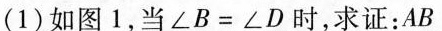
(1)如图1，当$$\angle B=\angle D$$时，求证：AB